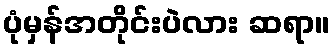
ပုံမှန်အတိုင်းပဲလား ဆရာ။